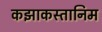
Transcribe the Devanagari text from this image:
कझाकस्तानिम